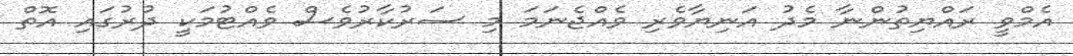
އެމްވީ ރައްޔިތުންނާ މެދު އަނިޔާވެރި ވެއްޖެނަަމަ މި ސަރުކާރުވެސް ވެއްޓުމަކީ ދުރުގައި އޮތް